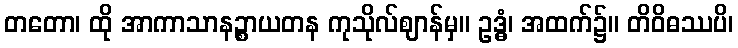
တတော၊ ထို အာကာသာနဉ္စာယတန ကုသိုလ်ဈာန်မှ။ ဥဒ္ဓံ၊ အထက်၌။ တိဝိဓဿပိ၊